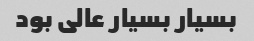
بسیار بسیار عالی بود